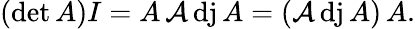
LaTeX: (\operatorname*{det}A)I=A\operatorname{\mathcal{A}dj}A=(\operatorname{\mathcal{A}dj}A)\, A.